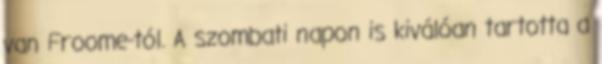
van Froome-tól. A szombati napon is kiválóan tartotta a